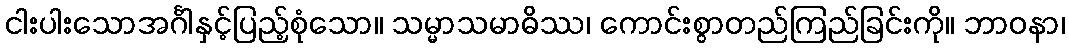
ငါးပါးသောအင်္ဂါနှင့်ပြည့်စုံသော။ သမ္မာသမာဓိဿ၊ ကောင်းစွာတည်ကြည်ခြင်းကို။ ဘာဝနာ၊